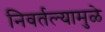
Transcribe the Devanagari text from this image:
निवर्तल्यामुळे